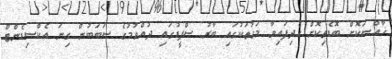
ޚާއްސަކޮށް ބޮޑެތިކޮށް ހެދިފައިވާ މަގުތަކުގައި ބާރު ސްޕީޑުގައި ދުއްވުމުގެ ސަބަބުން ގިނަ އެކްސިޑެންޓް